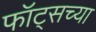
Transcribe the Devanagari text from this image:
फॉट्सच्या